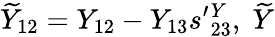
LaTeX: {\widetilde{Y}}_{12}=Y_{12}-Y_{13}s^{\prime}{}_{23}^{Y},\; {\widetilde{Y}}